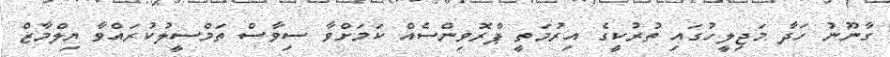
ގާނޫނު ހަދާ މަޖިލީހުގައި ތުރުކީގެ އިރުމަތީ ޕްރޮވިންސެއް ކަމަށްވާ ސިވާސް ތަމްސީލުކުރައްވާ ޔިލްމާޒް